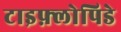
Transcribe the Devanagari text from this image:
टाइफ़्लोपिडे